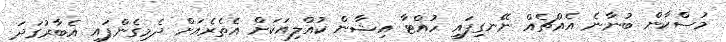
މުސްކާން ބުނާނެ އެއްޗެއް ނޭނގިފައި ހުއްޓާ އިޝާން ކުއްލިއަކަށް އެތެރެއަށް ދެމިގެންފައި އެބާރުގަދަ